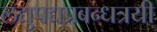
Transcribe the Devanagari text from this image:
लद्युपद्यप्रबन्धत्रयी